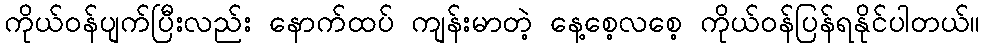
ကိုယ်ဝန်ပျက်ပြီးလည်း နောက်ထပ် ကျန်းမာတဲ့ နေ့စေ့လစေ့ ကိုယ်ဝန်ပြန်ရနိုင်ပါတယ်။